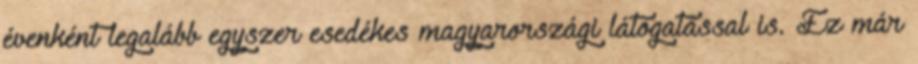
évenként legalább egyszer esedékes magyarországi látogatással is. Ez már